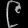
Digit: ၉